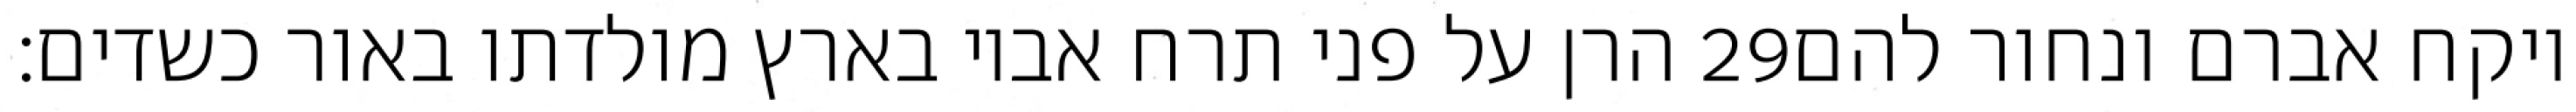
הרן על פני תרח אביו בארץ מולדתו באור כשדים׃ ‎29‏ ויקח אברם ונחור להם